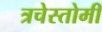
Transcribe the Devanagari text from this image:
त्रचेस्तोमी